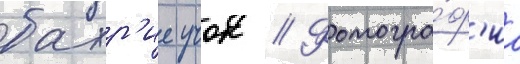
бахр'ие учок // Фотогра́ф'иа